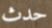
حدث